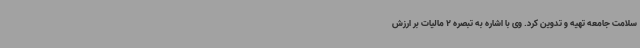
سلامت جامعه تهیه و تدوین کرد. وی با اشاره به تبصره 2 مالیات بر ارزش